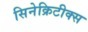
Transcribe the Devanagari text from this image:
सिनेक्रिटीक्स